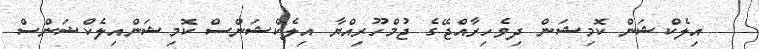
އިލެކްޝަން ކޮމިޝަން ދިވެހިރާއްޖޭގެ ޖުމްހޫރިއްޔާ އިލެކްޝަންސް ކޮމިޝަންއިލެކްޝަންސް